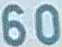
60